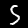
Label: 5